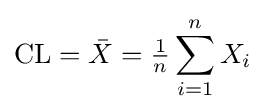
{\text{CL}}={\bar {X}}={\tfrac {1}{n}}\sum _{i=1}^{n}X_{i}